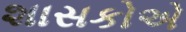
શાસકોએ